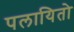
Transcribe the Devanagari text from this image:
पलायितो